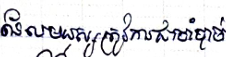
ដែលមនុស្សត្រូវការជាចាំបាច់